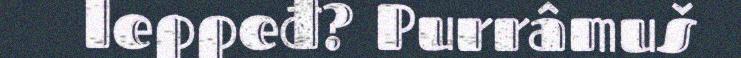
leppeđ? Purrâmuš